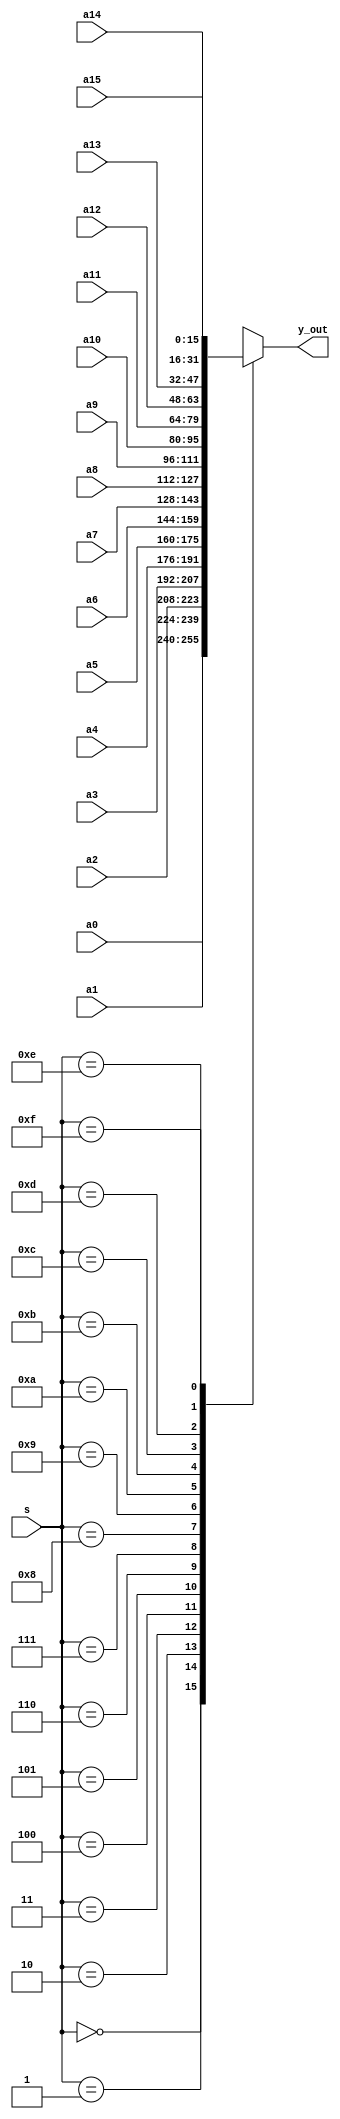
module  mux_16x1(  output  reg[15:0]y_out,
		   // input [7:0]a0,
                   input [15:0] a0,a1,a2,a3,a4,
                    input[15:0] a5,a6,a7,a8,a9,a10,a11,a12,a13,a14,a15,
		  // input[7:0] a13,a15,
		   input[3:0]s);
		always@(*)
			begin
                        	case(s)
					4'b0000: y_out = a0;
					4'b0001: y_out = a1;
					4'b0010: y_out = a2;
					4'b0011:y_out = a3;
                                        4'b0100:y_out = a4;
                                        4'b0101:y_out = a5;
                                        4'b0110:y_out = a6;
                                        4'b0111:y_out = a7;
					4'b1000: y_out = a8;
					4'b1001: y_out = a9;
					4'b1010: y_out = a10;
					4'b1011:y_out = a11;
                                        4'b1100:y_out = a12;
                                        4'b1101:y_out = a13;
                                        4'b1110:y_out = a14;
                                        4'b1111:y_out = a15;
default: y_out =0;
				endcase
			end
endmodule